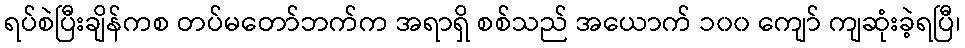
ရပ်စဲပြီးချိန်ကစ တပ်မတော်ဘက်က အရာရှိ စစ်သည် အယောက် ၁၀၀ ကျော် ကျဆုံးခဲ့ရပြီ၊